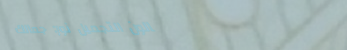
صالون التجميل نور: جمالك